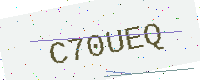
Text: C70UEQ